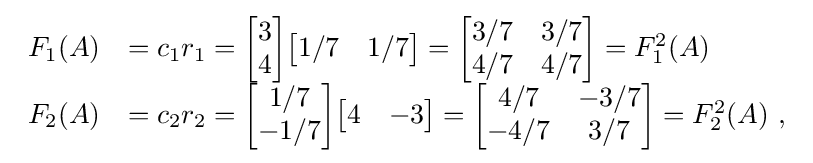
{\begin{array}{rl}F_{1}(A)&=c_{1}r_{1}={\begin{bmatrix}3\\4\end{bmatrix}}{\begin{bmatrix}1/7&1/7\end{bmatrix}}={\begin{bmatrix}3/7&3/7\\4/7&4/7\end{bmatrix}}=F_{1}^{2}(A)\\F_{2}(A)&=c_{2}r_{2}={\begin{bmatrix}1/7\\-1/7\end{bmatrix}}{\begin{bmatrix}4&-3\end{bmatrix}}={\begin{bmatrix}4/7&-3/7\\-4/7&3/7\end{bmatrix}}=F_{2}^{2}(A)~,\end{array}}